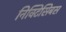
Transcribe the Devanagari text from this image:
निक्टिसिबस